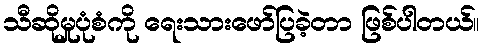
သီဆိုမှုပုံစံကို ရေးသားဖော်ပြခဲ့တာ ဖြစ်ပါတယ်။